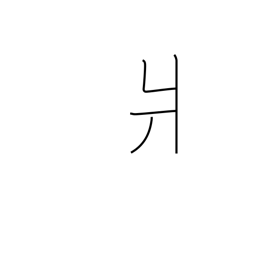
Meaning: left-side kata radical (no. 90)